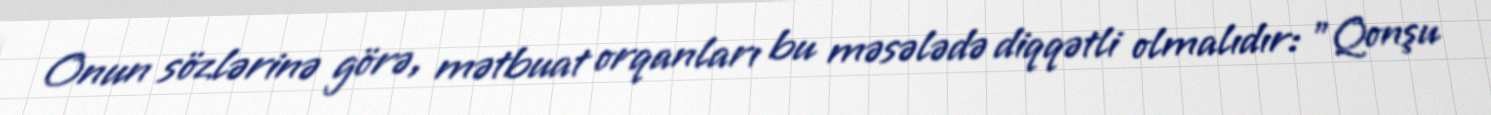
Onun sözlərinə görə, mətbuat orqanları bu məsələdə diqqətli olmalıdır: "Qonşu